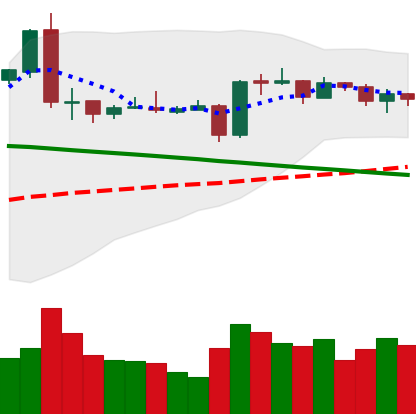
Ticker: EOS-USD
Chart end date: 2019-03-13
Forward return: 3.696%
Label: up_3_5